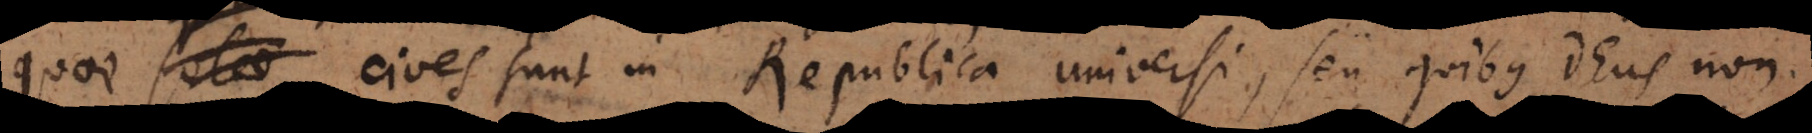
solae cives sunt in Republica universi, seu quibus Deus non